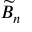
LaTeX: { \widetilde { B } } _ { n }